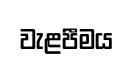
වැළපීමය